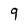
Character: 9